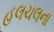
હલચલના